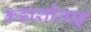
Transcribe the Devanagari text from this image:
कडाशोलाई